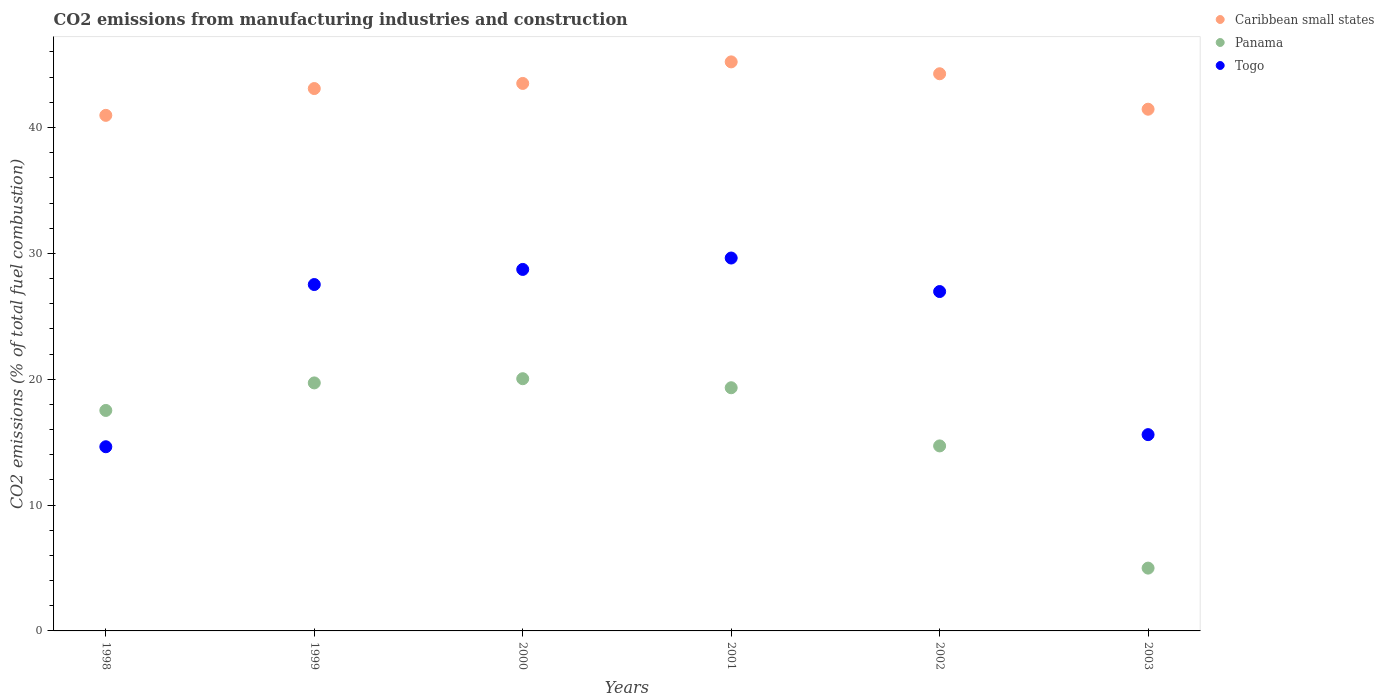
| Years | Caribbean small states | Panama | Togo |
 | --- | --- | --- | --- |
 | 1998 | 41 | 17.5 | 14.6 |
 | 1999 | 43.1 | 19.7 | 27.5 |
 | 2000 | 43.5 | 20 | 28.7 |
 | 2001 | 45.2 | 19.3 | 29.6 |
 | 2002 | 44.3 | 14.7 | 27 |
 | 2003 | 41.5 | 4.99 | 15.6 |